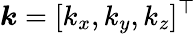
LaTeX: \boldsymbol{k}=[k_{x},k_{y},k_{z}]^{\top}